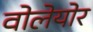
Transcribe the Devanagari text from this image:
वोलेयोर